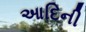
આદિની